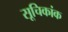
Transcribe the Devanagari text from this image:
सूचिकांक